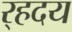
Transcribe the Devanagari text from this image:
र्‍हदय